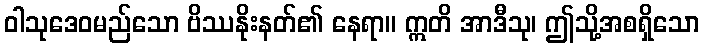
ဝါသုဒေဝမည်သော ဗိဿနိုးနတ်၏ နေရာ။ ဣတိ အာဒီသု၊ ဤသို့အစရှိသော